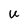
Character: u